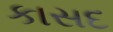
કાસદ